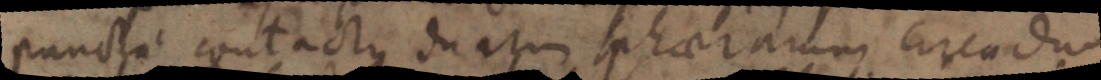
puncti contactus duatum sphaerarum circodum